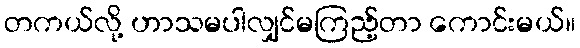
တကယ်လို့ ဟာသမပါလျှင်မကြည့်တာ ကောင်းမယ်။